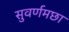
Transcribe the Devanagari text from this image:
सुवर्णमछा